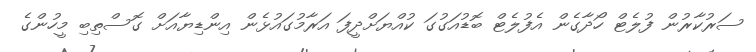
ސަރުކާރުން ފުލެޓް ހޯދާގެން އެފުލެޓް ބޮޑުއަގުގަ ކުއްޔަށްދީފަ އަރާމުގައުޅެން އިންޑިޔާއަށް ގޮސްތިބި މީހުންގެ